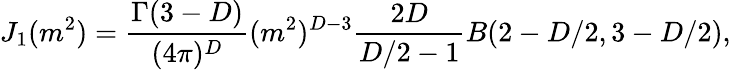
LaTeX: J_{1}(m^{2})=\frac{\Gamma(3-D)}{(4\pi)^{D}}(m^{2})^{D-3}\frac{2D}{D/2-1}B(2-D/2,3-D/2),